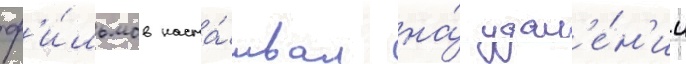
ф'и́льмов наста́ивал на́ удал'е́н'ии